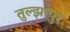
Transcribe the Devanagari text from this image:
तुल्झापुर